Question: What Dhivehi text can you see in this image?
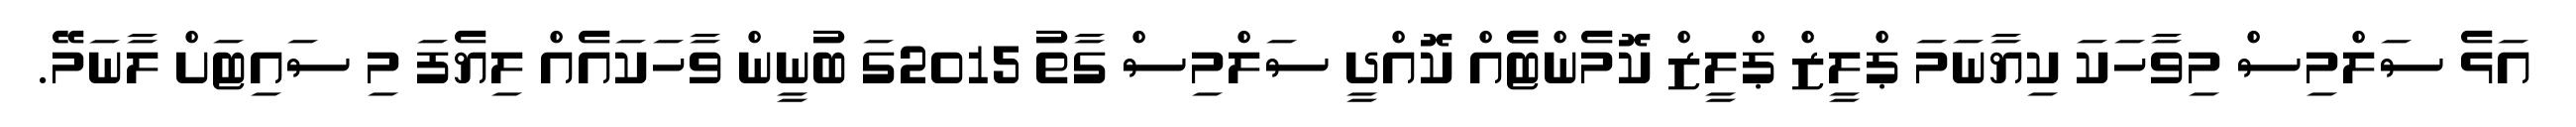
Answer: އަޅެ ސަލްމިސް މިވާހަކަ ކިޔާނަމަ ޕްލީޒް ޕްލީޒް ކޮމެންޓެެއް ކޮއްދީ ސަލްމިސް ގާތު 2015ގަ ބުނީން ވާހަކައެއް ލިޔެފަ މި ސައިޓަށް ލާނަމޭ.